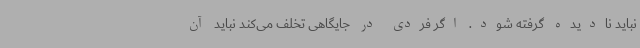
نباید نادیده گرفته شود. اگر فردی در جایگاهی تخلف می‌کند نباید آن